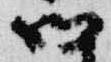
御